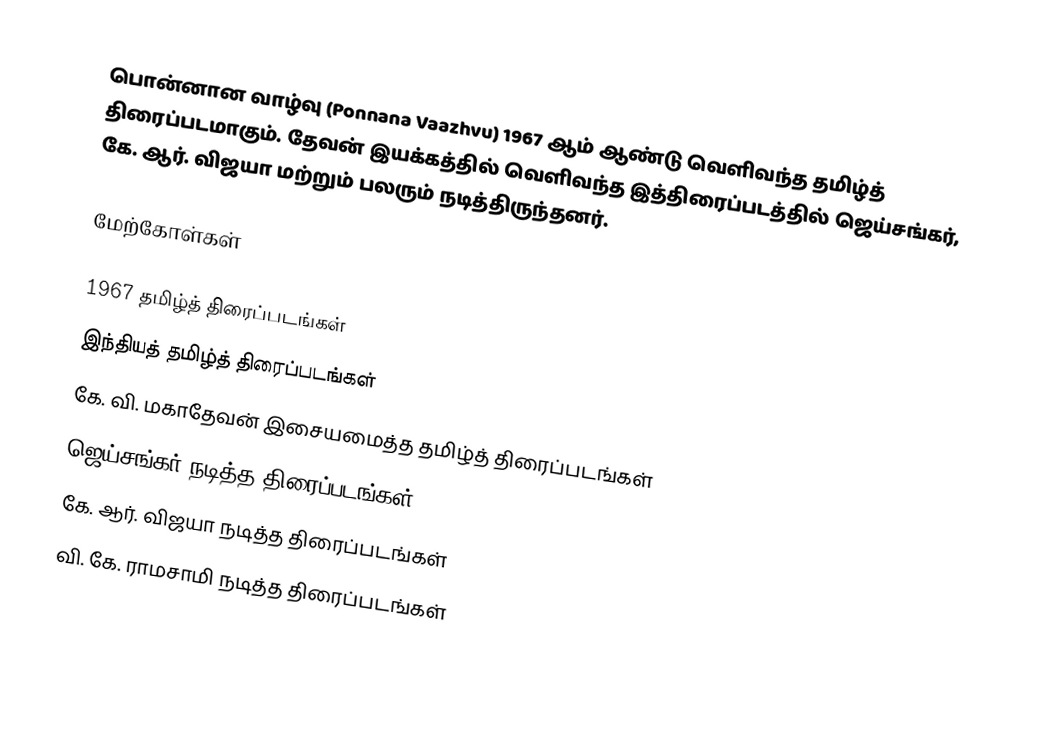
பொன்னான வாழ்வு (Ponnana Vaazhvu) 1967 ஆம் ஆண்டு வெளிவந்த தமிழ்த் திரைப்படமாகும். தேவன் இயக்கத்தில் வெளிவந்த இத்திரைப்படத்தில் ஜெய்சங்கர், கே. ஆர். விஜயா மற்றும் பலரும் நடித்திருந்தனர்.

மேற்கோள்கள்

1967 தமிழ்த் திரைப்படங்கள்
இந்தியத் தமிழ்த் திரைப்படங்கள்
கே. வி. மகாதேவன் இசையமைத்த தமிழ்த் திரைப்படங்கள்
ஜெய்சங்கர் நடித்த திரைப்படங்கள்
கே. ஆர். விஜயா நடித்த திரைப்படங்கள்
வி. கே. ராமசாமி நடித்த திரைப்படங்கள்